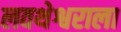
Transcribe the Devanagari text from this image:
लवथेश्वराला